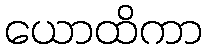
ယောထိကာ